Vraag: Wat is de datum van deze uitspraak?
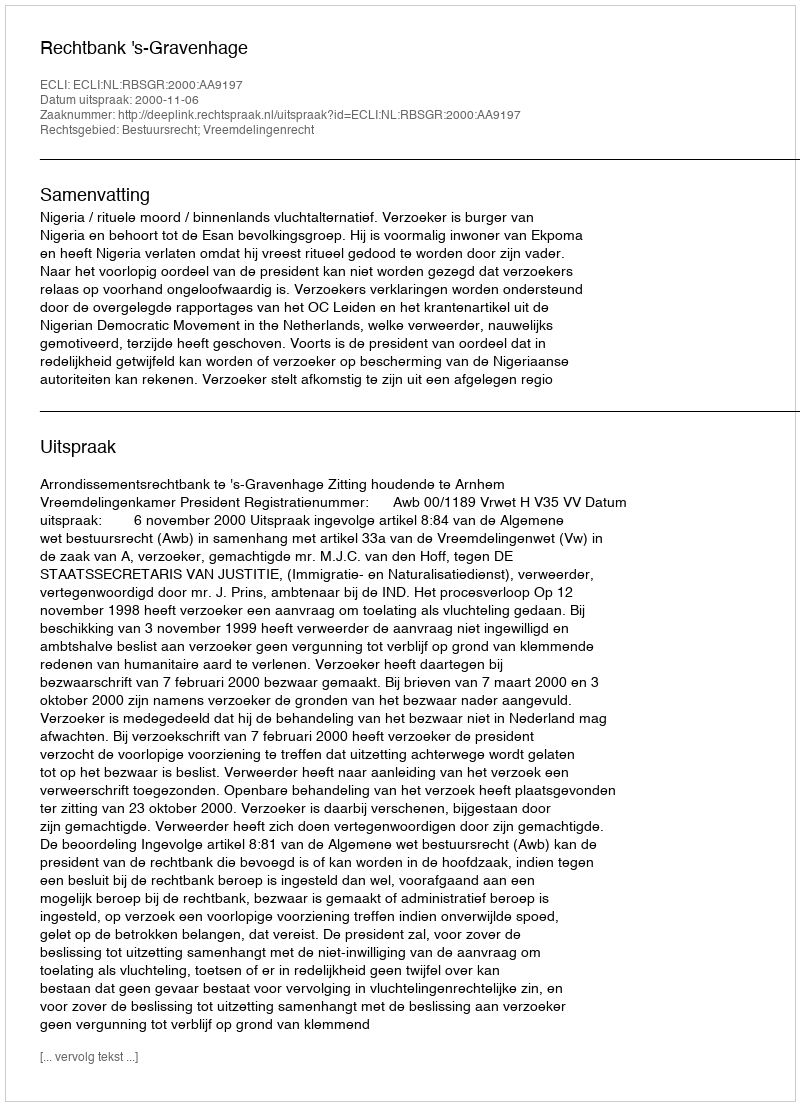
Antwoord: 2000-11-06